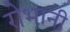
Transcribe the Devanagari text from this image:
रोभानी